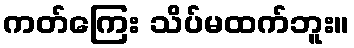
ကတ်ကြေး သိပ်မထက်ဘူး။